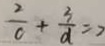
\frac { 2 } { c } + \frac { 3 } { d } = 2